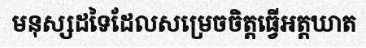
មនុស្សដទៃដែលសម្រេចចិត្តធ្វើអត្តឃាត